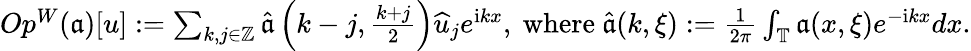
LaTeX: \begin{array}{r}{Op^{W}(\mathfrak{a})[u]:=\sum_{{k,j}\in\mathbb{Z}}\widehat{\mathfrak{a}}\left(k-j,\frac{k+j}{2}\right)\widehat{u}_{j}e^{\mathrm{i}kx},\mathrm{~where~}\widehat{\mathfrak{a}}(k,\xi):=\frac{1}{2\pi}\int_{\mathbb{T}}\mathfrak{a}(x,\xi)e^{-\mathrm{i}kx}dx.}\end{array}